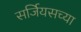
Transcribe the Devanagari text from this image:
सर्जियसच्या